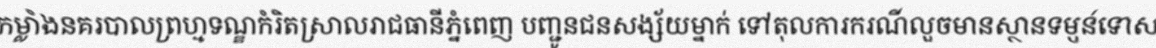
កម្លាំងនគរបាលព្រហ្មទណ្ឌកំរិតស្រាលរាជធានីភ្នំពេញ បញ្ជូនជនសង្ស័យម្នាក់ ទៅតុលការករណីលួចមានស្ថានទម្ងន់ទោស